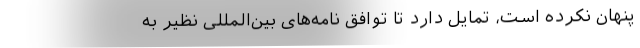
پنهان نکرده است، تمایل دارد تا توافق نامه‌های بین‌المللی نظیر به